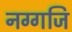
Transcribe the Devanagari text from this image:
नग्गजि